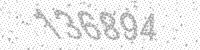
Solution: 136894